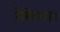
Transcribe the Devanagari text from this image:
रोकेगा।